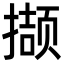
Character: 撷